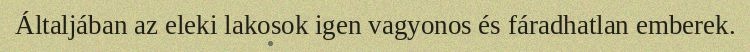
Általjában az eleki lakosok igen vagyonos és fáradhatlan emberek.